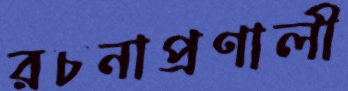
রচনাপ্রণালী